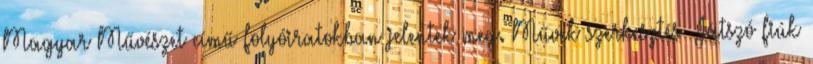
Magyar Művészet című folyóiratokban jelentek meg. Művek szerkesztés Játszó fiúk